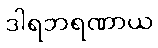
ဒါရဘရဏာယ